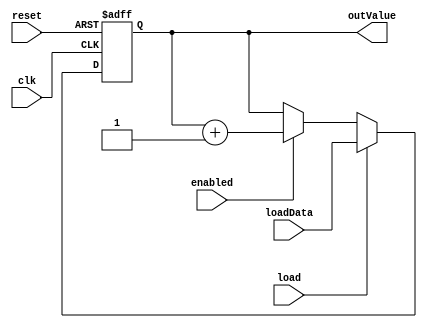
// Juan Eliseo Lux Cajas
// ProyectoFinal-Electronica1

//contador de 12 bits, cuenta con el eneable en 1 y si load es 1 pasa el alor de carga que viene del addres_RAM
module counter (input clk, reset, enabled, load, input [11:0] loadData, output reg [11:0] outValue);

    always @ (posedge clk, posedge reset) begin
        if (reset)
            outValue <= 12'b0;
        else if (load)
            outValue <= loadData;
        else if (enabled)
            outValue <= outValue + 1;
    end

endmodule